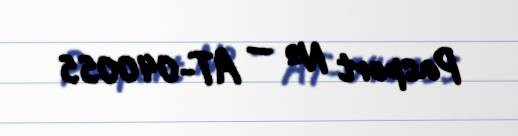
Pasport № — AT-040055